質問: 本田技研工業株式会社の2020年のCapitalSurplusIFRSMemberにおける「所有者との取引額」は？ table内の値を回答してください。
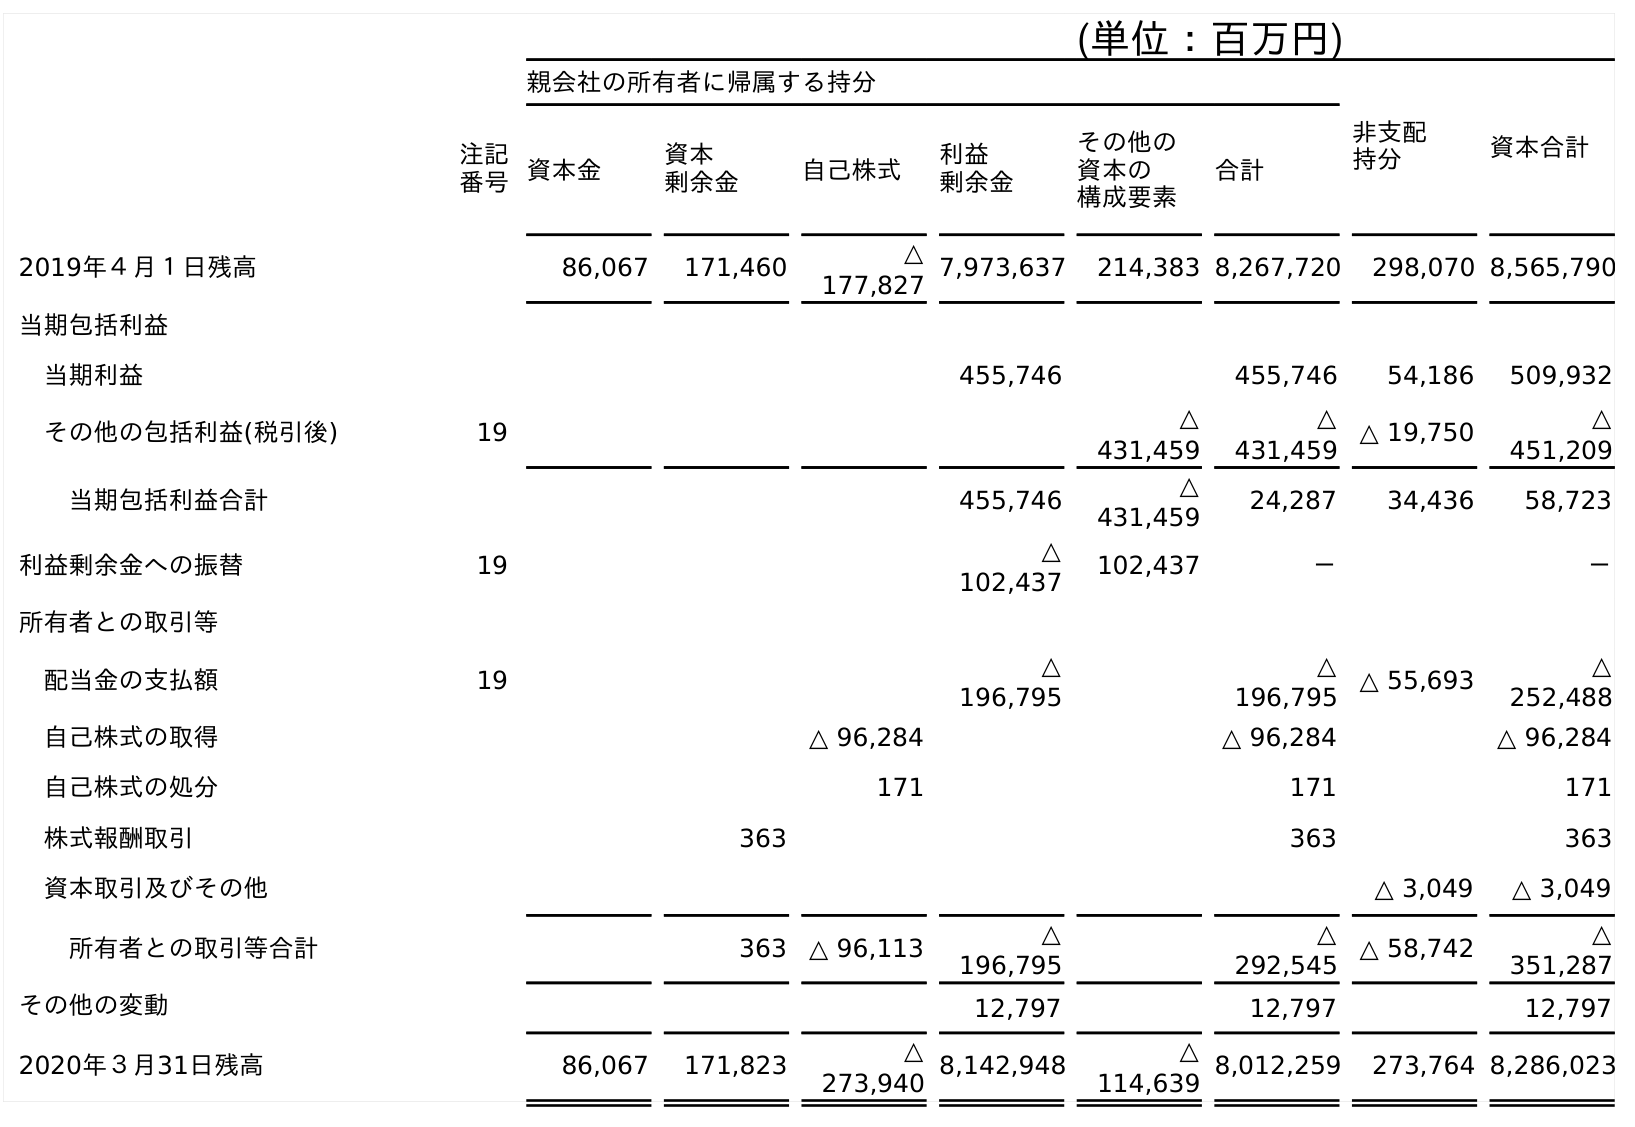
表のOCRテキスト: (単位：百万円) 親会社の所有者に帰属する持分 非支配 持分 資本合計 注記 番号資本金 資本 剰余金 自己株式 利益 剰余金 その他の 資本の 構成要素 合計 2019年４月１日残高 86,067 171,460 △ 177,827 7,973,637 214,383 8,267,720 298,070 8,565,790 当期包括利益 当期利益 455,746 455,746 54,186 509,932 その他の包括利益(税引後) 19 △ 431,459 △ 431,459 △ 19,750 △ 451,209 当期包括利益合計 455,746 △ 431,459 24,287 34,436 58,723 利益剰余金への振替 19 △ 102,437 102,437 － － 所有者との取引等 配当金の支払額 19 △ 196,795 △ 196,795 △ 55,693 △ 252,488 自己株式の取得 △ 96,284 △ 96,284 △ 96,284 自己株式の処分 171 171 171 株式報酬取引 363 363 363 資本取引及びその他 △ 3,049 △ 3,049 所有者との取引等合計 363 △ 96,113 △ 196,795 △ 292,545 △ 58,742 △ 351,287 その他の変動 12,797 12,797 12,797 2020年３月31日残高 86,067 171,823 △ 273,940 8,142,948 △ 114,639 8,012,259 273,764 8,286,023
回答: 363